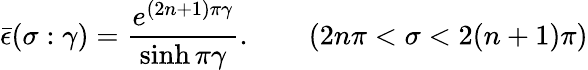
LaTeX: \bar{\epsilon}(\sigma:\gamma)=\frac{e^{(2n+1)\pi\gamma}}{\sinh\pi\gamma}.\qquad(2n\pi<\sigma<2(n+1)\pi)